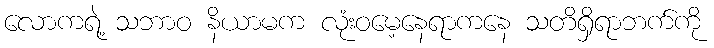
လောကရဲ့ သဘာဝ နိယာမက လုံးဝမေ့နေရာကနေ သတိရှိရာဘက်ကို